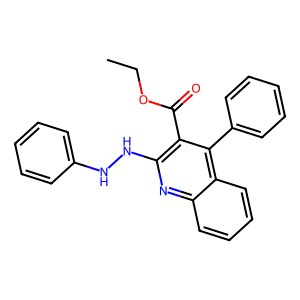
SMILES: CCOC(=O)c1c(NNc2ccccc2)nc2ccccc2c1-c1ccccc1
Inhibits HIV replication: No